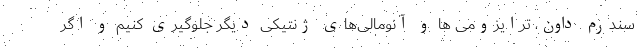
سندرم داون، ترایزومی ها و آنومالی‌های ژنتیکی دیگر جلوگیری کنیم و اگر